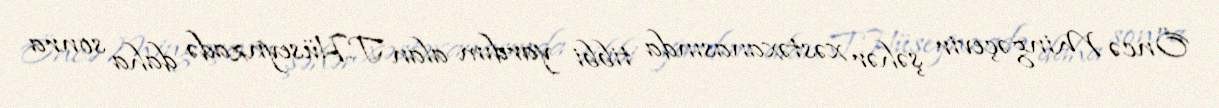
Öncə Mingəçevir şəhər xəstəxanasında tibbi yardım alan T.Hüseynzadə daha sonra